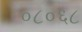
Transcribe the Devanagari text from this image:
०८०६८